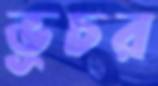
ভূচর